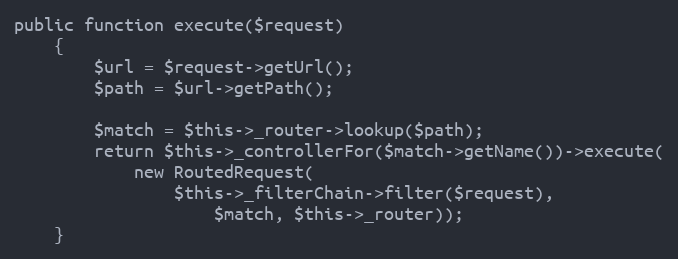
Language: PHP
public function execute($request)
	{
		$url = $request->getUrl();
		$path = $url->getPath();

		$match = $this->_router->lookup($path);
		return $this->_controllerFor($match->getName())->execute(
			new RoutedRequest(
				$this->_filterChain->filter($request),
					$match, $this->_router));
	}